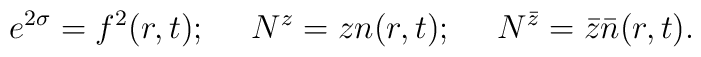
e^{2\sigma}=f^2(r,t);~~~~N^z = z n(r,t);~~~~N^{\bar z}=\bar z \bar n(r,t).